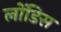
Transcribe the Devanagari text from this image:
लोंडिस